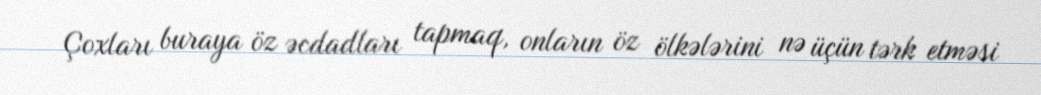
Çoxları buraya öz əcdadları tapmaq, onların öz ölkələrini nə üçün tərk etməsi